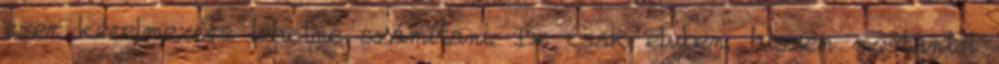
ezer kérelmezőre lehetne számítani. De csak elvben, hiszen mostantól